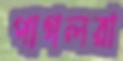
পাগলরা